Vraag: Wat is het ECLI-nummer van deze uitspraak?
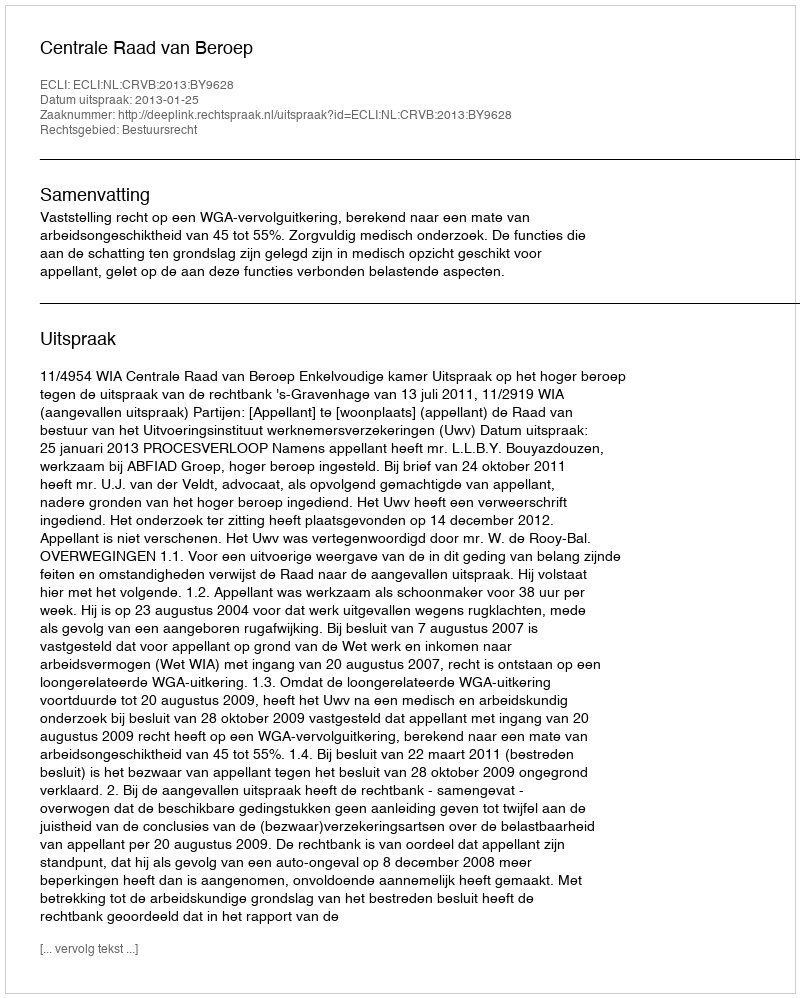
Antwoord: ECLI:NL:CRVB:2013:BY9628